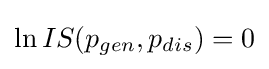
\ln IS(p_{gen},p_{dis})=0